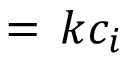
= \, k c _ { i }